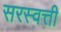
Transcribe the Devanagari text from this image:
सरस्वत्ती